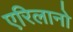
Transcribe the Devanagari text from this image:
एरिलानो